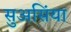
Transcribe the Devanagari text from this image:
सुअसिंया